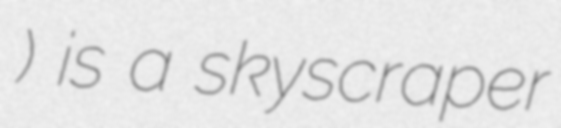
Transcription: ב) is a skyscraper